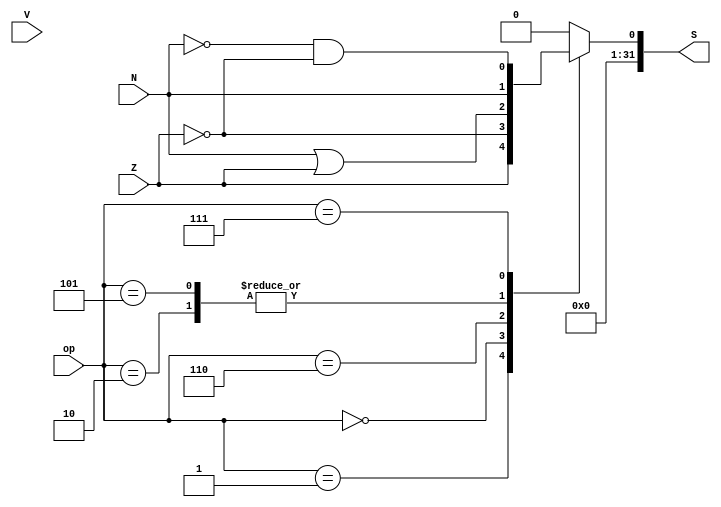
module ALU_CMP(Z, V, N, op, S);

input Z, V, N;
input [2:0] op; // op=ALUFun[3:1]
output reg [31:0] S;

always @(Z or V or N or op) begin case (op)3'b001 : S <= {31'b0, Z}; // EQ
3'b000 : S <= {31'b0, ~Z};                                           // NEQ
3'b010 : S <= {31'b0, N};                                            // LT
3'b110 : S <= {31'b0, N | Z};                                        // LEZ
3'b101 : S <= {31'b0, N};                                            // LTZ
3'b111 : S <= {31'b0, (~N) & (~Z)};                                  // GTZ
default:
S <= 0;
endcase end endmodule